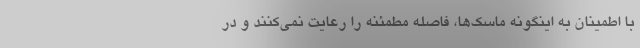
با اطمینان به اینگونه ماسک‌ها، فاصله مطمئنه را رعایت نمی‌کنند و در